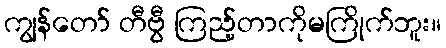
ကျွန်တော် တီဗွီ ကြည့်တာကိုမကြိုက်ဘူး။